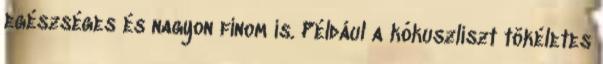
egészséges és nagyon finom is. Például a kókuszliszt tökéletes